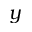
y